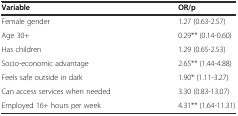
| Variable | OR/p |
 | --- | --- |
 | Female gender | 1.27 (0.63-2.57) |
 | Age 30+ | 0.29** (0.14-0.60) |
 | Has children | 1.29 (0.65-2.53) |
 | Socio-economic advantage | 2.65** (1.44-4.88) |
 | Feels safe outside in dark | 1.90* (1.11-3.27) |
 | Can access services when needed | 3.30 (0.83-13.07) |
 | Employed 16+ hours per week | 4.31** (1.64-11.31) |